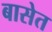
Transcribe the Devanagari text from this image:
बासेत